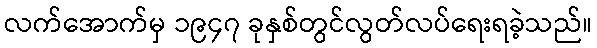
လက်အောက်မှ ၁၉၄၇ ခုနှစ်တွင်လွတ်လပ်ရေးရခဲ့သည်။